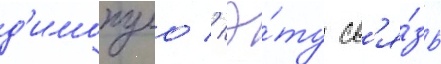
д'имопуло // Э́ту св'я́зь